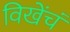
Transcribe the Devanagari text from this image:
विखेंचं